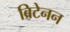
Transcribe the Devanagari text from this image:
ब्रिटेनन